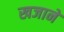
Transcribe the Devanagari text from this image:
खजानें